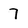
Character: 7